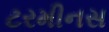
ટરમીનસ